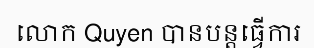
លោក Quyen បានបន្តធ្វើការ